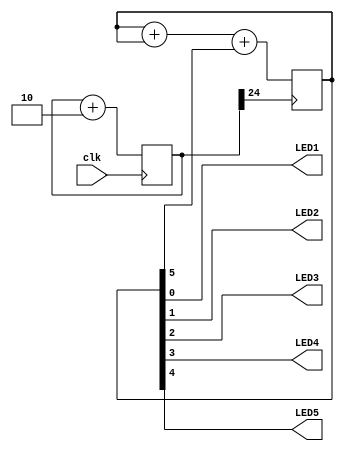
module top (
	input  clk,
	output LED1,
	output LED2,
	output LED3,
	output LED4,
	output LED5
);

	reg [24:0] counter = 0;
	reg [5:0] testt = 1;

	always @(posedge clk) begin
		counter <= counter + 2;
	end

	always @(posedge counter[24:24]) begin
		testt <= testt + testt + testt[5:5];
	end
	
	assign {LED5, LED4, LED3, LED2, LED1} = testt;
endmodule